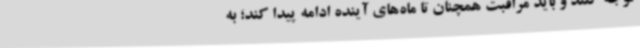
توجه کنند و باید مراقبت همچنان تا ماه‌های آینده ادامه پیدا کند؛ به‌